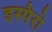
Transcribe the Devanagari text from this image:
इस्पैरो